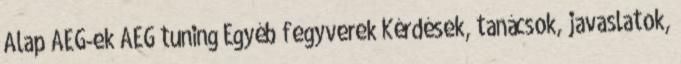
Alap AEG-ek AEG tuning Egyéb fegyverek Kérdések, tanácsok, javaslatok,